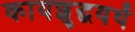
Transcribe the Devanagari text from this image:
कायशुद्धयर्थं